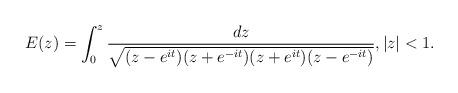
LaTeX: \begin{align*} E(z) = \int_0^z \frac{dz}{ \sqrt{ (z-e^{it})(z+e^{-it})(z+e^{it})(z-e^{-it})} },|z|<1.\end{align*}